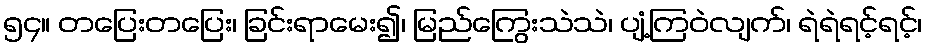
၅၄။ တပြေးတပြေး၊ ခြင်းရာမေး၍၊ မြည်ကြွေးသဲသဲ၊ ပျံ့ကြဝဲလျက်၊ ရဲရဲရင့်ရင့်၊